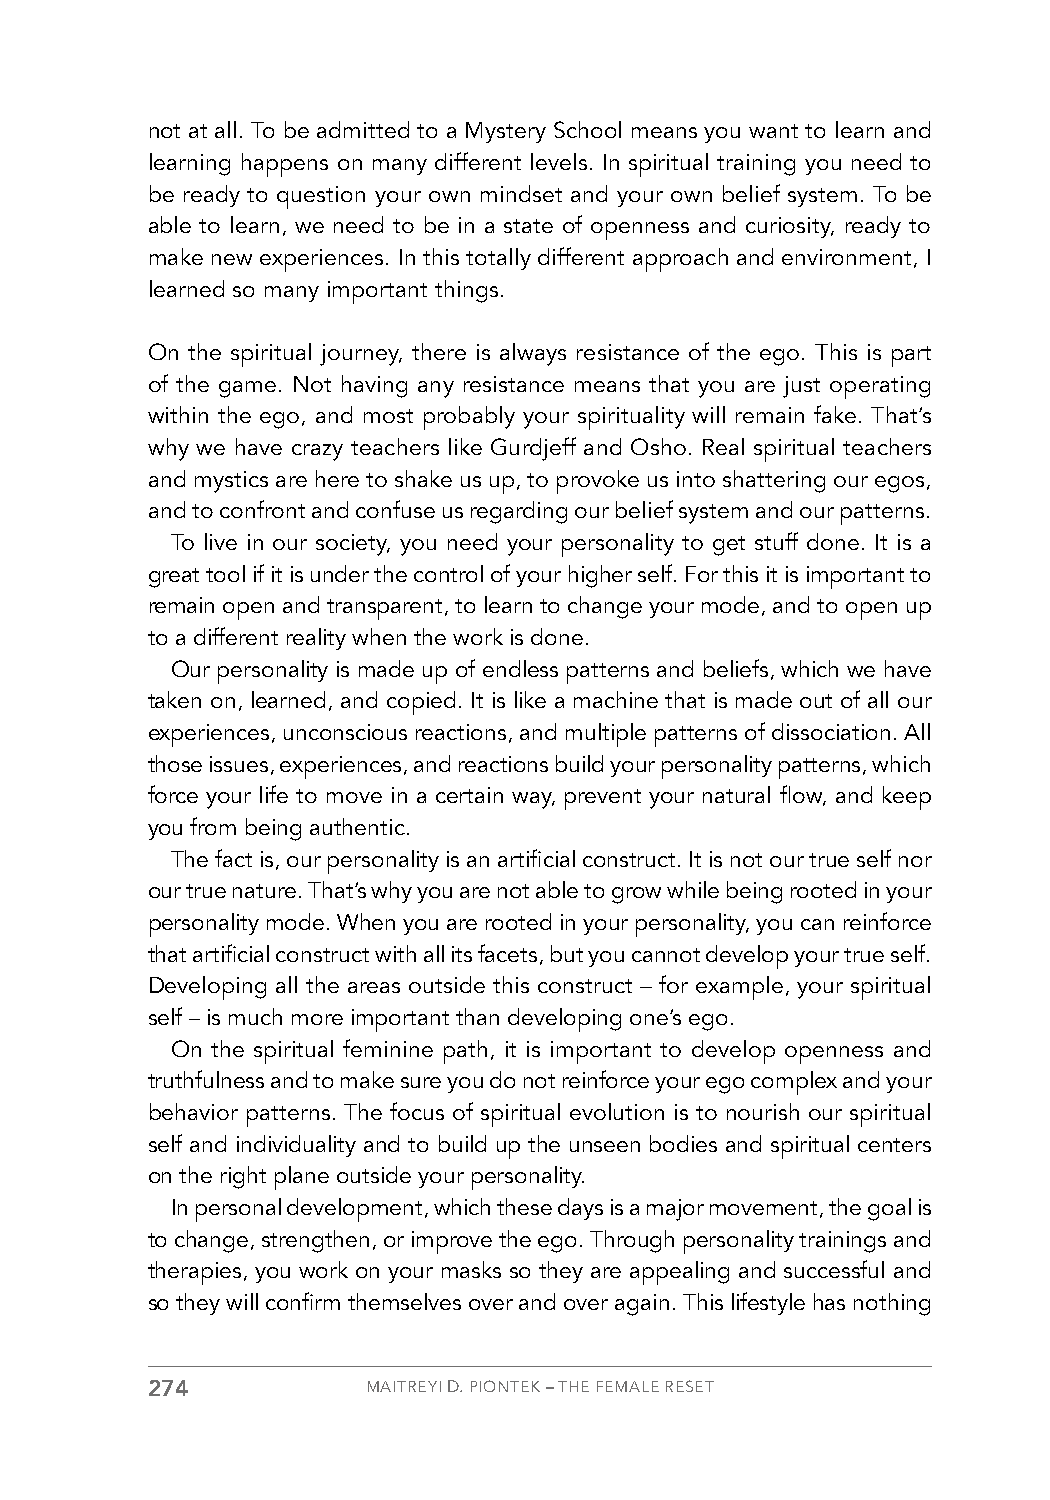
not at all. To be admitted to a Mystery School means you want to learn and
 learning happens on many different levels. In spiritual training you need to
 be ready to question your own mindset and your own belief system. To be
 able to learn, we need to be in a state of openness and curiosity, ready to
 make new experiences. In this totally different approach and environment, I
 learned so many important things.
 On the spiritual journey, there is always resistance of the ego. This is part
 of the game. Not having any resistance means that you are just operating
 within the ego, and most probably your spirituality will remain fake. That’s
 why we have crazy teachers like Gurdjeff and Osho. Real spiritual teachers
 and mystics are here to shake us up, to provoke us into shattering our egos,
 and to confront and confuse us regarding our belief system and our patterns.
 To live in our society, you need your personality to get stuff done. It is a
 great tool if it is under the control of your higher self. For this it is important to
 remain open and transparent, to learn to change your mode, and to open up
 to a different reality when the work is done.
 Our personality is made up of endless patterns and beliefs, which we have
 taken on, learned, and copied. It is like a machine that is made out of all our
 experiences, unconscious reactions, and multiple patterns of dissociation. All
 those issues, experiences, and reactions build your personality patterns, which
 force your life to move in a certain way, prevent your natural flow, and keep
 you from being authentic.
 The fact is, our personality is an artificial construct. It is not our true self nor
 our true nature. That’s why you are not able to grow while being rooted in your
 personality mode. When you are rooted in your personality, you can reinforce
 that artificial construct with all its facets, but you cannot develop your true self.
 Developing all the areas outside this construct – for example, your spiritual
 self – is much more important than developing one’s ego.
 On the spiritual feminine path, it is important to develop openness and
 truthfulness and to make sure you do not reinforce your ego complex and your
 behavior patterns. The focus of spiritual evolution is to nourish our spiritual
 self and individuality and to build up the unseen bodies and spiritual centers
 on the right plane outside your personality.
 In personal development, which these days is a major movement, the goal is
 to change, strengthen, or improve the ego. Through personality trainings and
 therapies, you work on your masks so they are appealing and successful and
 so they will confirm themselves over and over again. This lifestyle has nothing
 274           MAITREYI D. PIONTEK – THE FEMALE RESET